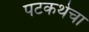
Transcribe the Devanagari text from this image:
पटकथेचा